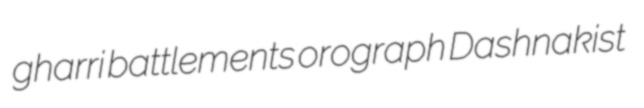
gharri battlements orograph Dashnakist